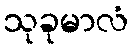
သုခုမာလံ